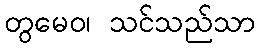
တွမေဝ၊ သင်သည်သာ